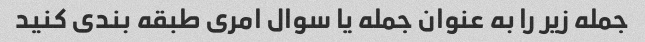
جمله زیر را به عنوان جمله یا سوال امری طبقه بندی کنید